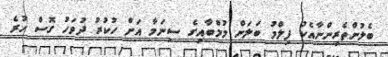
ބެލުންތެރިންނާއެކު ފިލްމު ބަލަން މުމްބާއިގެ ސިނަމާ އަށް ހުކުރު ދުވަހު ގޮސް ހުރެ